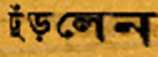
ঢুঁড়লেন